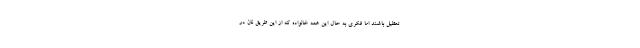
تعطیل باشند اما فکری به حال این همه خانواده که از این طریق نان در